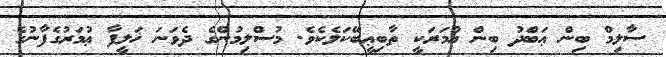
ސާލިމް ބިން ޢަބްދު ބިން ޢުމަރަކީ ތާބިޢީބޭކަލެކެވެ. މުސްލިމުންގެ ދެވަނަ ޚަލީފާ ޢުމަރުގެފާނުގެ